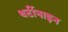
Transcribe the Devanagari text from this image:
थर्टीनाइन